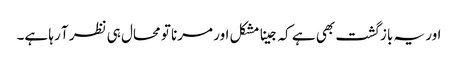
اور یہ باز گشت بھی ہے کہ جینا مشکل اور مرنا تو محال ہی نظر آ رہا ہے۔